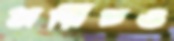
মরিচও